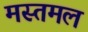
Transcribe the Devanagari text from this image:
मस्तमल